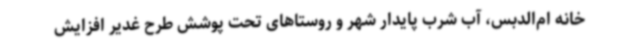
خانه ام‌الدبس، آب شرب پایدار شهر و روستاهای تحت پوشش طرح غدیر افزایش